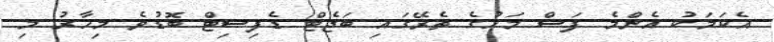
އެކަމަކު އެންމެ ފަސް މަހުގެ ތެރޭގައި ބަޖެޓް ޑެފިސިޓް ބޮޑުވެ މިހާރު މި